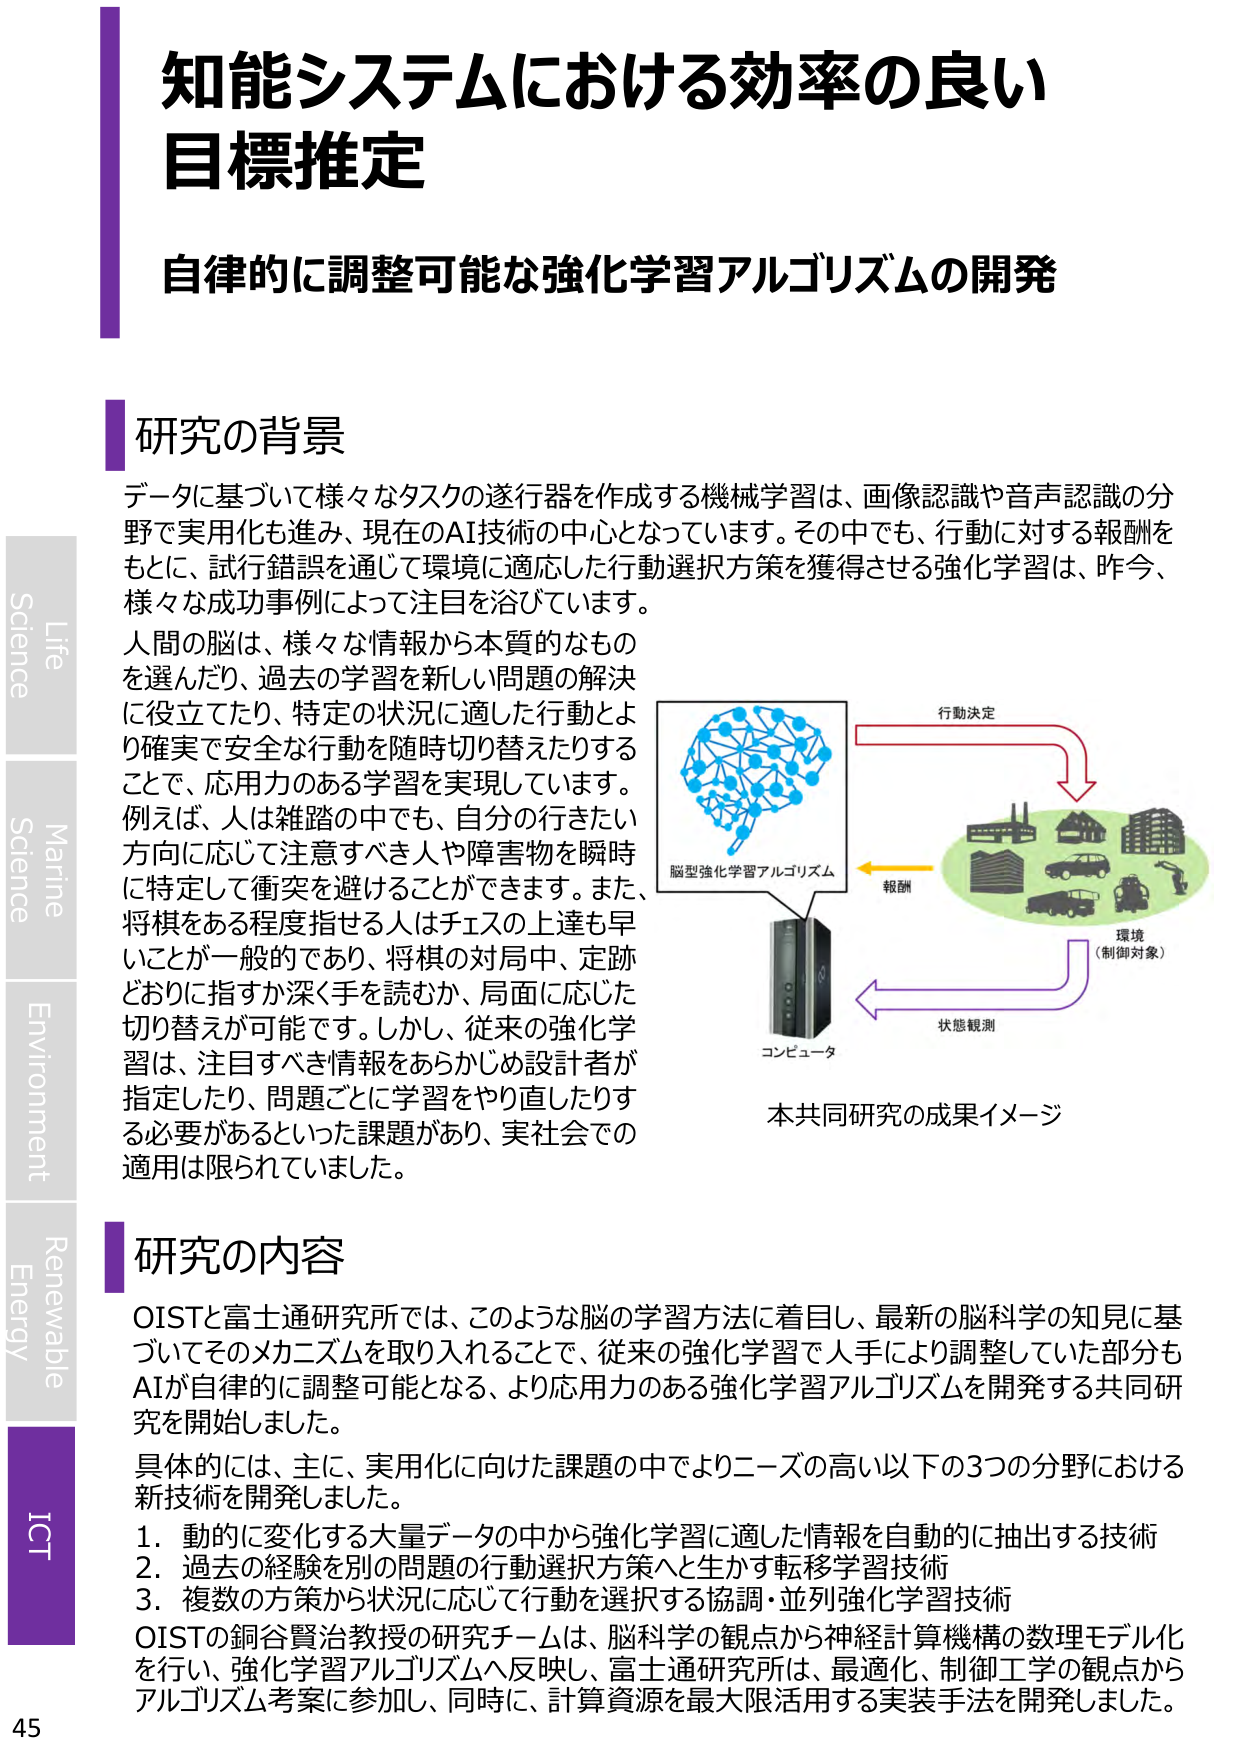
知能システムにおける効率の良い
目標推定

自律的に調整可能な強化学習アルゴリズムの開発

研究の背景
データに基づいて様々なタスクの遂行器を作成する機械学習は、画像認識や音声認識の分野で実用化も進み、現在のAI技術の中心となっています。その中でも、行動に対する報酬をもとに、試行錯誤を通じて環境に適応した行動選択方策を獲得させる強化学習は、昨今、様々な成功事例によって注目を浴びています。
人間の脳は、様々な情報から本質的なものを選んだり、過去の学習を新しい問題の解決に役立てたり、特定の状況に適した行動とより確実で安全な行動を随時切り替えたりすることで、応用力のある学習を実現しています。
例えば、人は雑踏の中でも、自分の行きたい方向に応じて注意すべき人や障害物を瞬時に特定して衝突を避けることができます。また、将棋をある程度指せる人はチェスの上達も早いことが一般的であり、将棋の対局中、定跡どおりに指すか深く手を読むか、局面に応じた切り替えが可能です。しかし、従来の強化学習は、注目すべき情報をあらかじめ設計者が指定したり、問題ごとに学習をやり直したりする必要があるといった課題があり、実社会での適用は限られていました。

脳型強化学習アルゴリズム
コンピュータ
行動決定
報酬
状態観測
環境
（制御対象）
本共同研究の成果イメージ

研究の内容
OISTと富士通研究所では、このような脳の学習方法に着目し、最新の脳科学の知見に基づいてそのメカニズムを取り入れることで、従来の強化学習で人手により調整していた部分もAIが自律的に調整可能となる、より応用力のある強化学習アルゴリズムを開発する共同研究を開始しました。
具体的には、主に、実用化に向けた課題の中でよりニーズの高い以下の3つの分野における新技術を開発しました。
1. 動的に変化する大量データの中から強化学習に適した情報を自動的に抽出する技術
2. 過去の経験を別の問題の行動選択方策へと生かす転移学習技術
3. 複数の方策から状況に応じて行動を選択する協調・並列強化学習技術
OISTの銅谷賢治教授の研究チームは、脳科学の観点から神経計算機構の数理モデル化を行い、強化学習アルゴリズムへ反映し、富士通研究所は、最適化、制御工学の観点からアルゴリズム考案に参加し、同時に、計算資源を最大限活用する実装手法を開発しました。

Life
Science
Marine
Science
Environment
Renewable
Energy
ICT
45